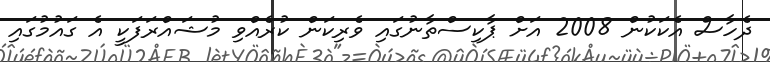
ދެހާސް އެކަކުން 2008 އަށް ޕާކިސްތާނުގައި ވެރިކަން ކުރެއްވި މުޝައްރަފަކީ އެ ގައުމުގައި